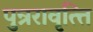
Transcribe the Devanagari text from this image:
पुन्ररावृत्त्ति